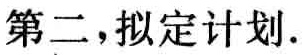
第二，拟定计划.